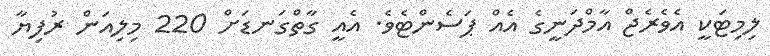
ލިމިޓަކީ އެވެރެޖް އާމްދަނީގެ އެއް ޕަސެންޓެވެ. އެއީ ގާތްގަނޑަށް 220 މިލިއަން ރުފިޔާ